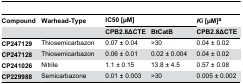
| Compound | Warhead-Type | <COLSPAN=2> IC50 [μM] | Ki [μM]a |
 |  |  | CPB2.8ΔCTE | BtCatB | CPB2.8ΔCTE |
 | --- | --- | --- | --- | --- |
 | CP247129 | Thiosemicarbazon | 0.07 ± 0.04 | >30 | 0.04 ± 0.02 |
 | CP247128 | Thiosemicarbazon | 0.06 ± 0.01 | 0.02 ± 0.004 | 0.04 ± 0.02 |
 | CP241026 | Nitrile | 1.1 ± 0.15 | 13.8 ± 4.5 | 0.57 ± 0.08 |
 | CP229988 | Semicarbazone | 0.01 ± 0.003 | >30 | 0.005 ± 0.002 |